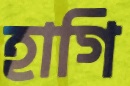
হাগি